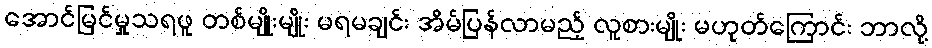
အောင်မြင်မှုသရဖူ တစ်မျိုးမျိုး မရမချင်း အိမ်ပြန်လာမည့် လူစားမျိုး မဟုတ်ကြောင်း ဘာလို့